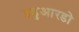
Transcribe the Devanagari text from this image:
इडुआरडो